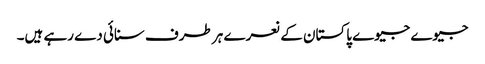
جیوے جیوے پاکستان کے نعرے ہر طرف سنائی دے رہے ہیں۔